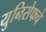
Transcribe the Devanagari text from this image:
युनिसेफचे